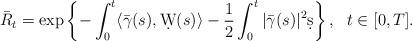
LaTeX: \begin{align*}\bar{R}_t=\exp\left\{-\int_0^t\langle\bar{\gamma}(s),\d W(s)\rangle-\frac{1}{2}\int_0^t|\bar{\gamma}(s)|^2\d s\right\},\ \ t\in[0,T]. \end{align*}